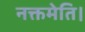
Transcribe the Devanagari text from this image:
नक्तमेति।